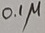
Text: 0.1µ